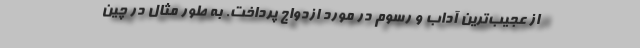
از عجیب‌ترین آداب و رسوم در مورد ازدواج پرداخت. به طور مثال در چین